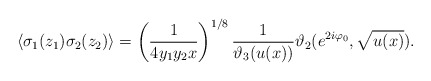
\begin{align*}\langle \sigma_1 (z_1)\sigma_2 (z_2)\rangle = \left(\frac{1}{4 y_1 y_2 x} \right)^{1/8} \frac{1}{\vartheta_3(u(x))} \vartheta_2(e^{2 i \varphi_0}, \sqrt{u(x)}).\end{align*}